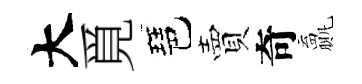
大覓琶賣奇贏